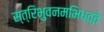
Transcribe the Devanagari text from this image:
स्त्रिभुवनमभिधत्ते